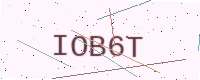
Text: IOB6T